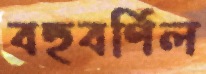
বহুবর্ণিল